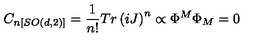
C _ { n [ S O ( d , 2 ) ] } = \frac { 1 } { n ! } T r \left( i J \right) ^ { n } \propto \Phi ^ { M } \Phi _ { M } = 0